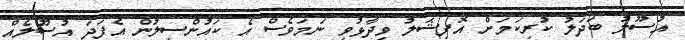
އުސޫލު ބަދަލު ކުރިކަމަށް އޮފިޝަލު ވިދާޅުވި ނަމަވެސް އެ ކައުންސިލުން އެފަދަ އުސޫލެއް